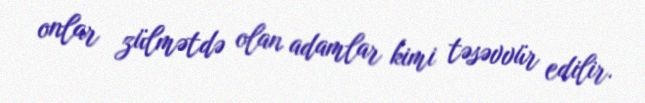
onlar zülmətdə olan adamlar kimi təsəvvür edilir.